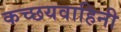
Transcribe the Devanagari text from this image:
कच्छयवाहिनी